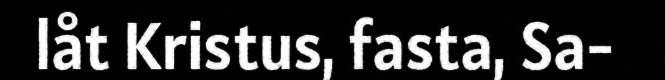
låt Kristus, fasta, Sa-